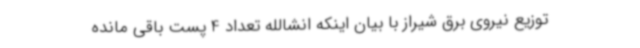
توزیع نیروی برق شیراز با بیان اینکه انشالله تعداد 4 پست باقی مانده